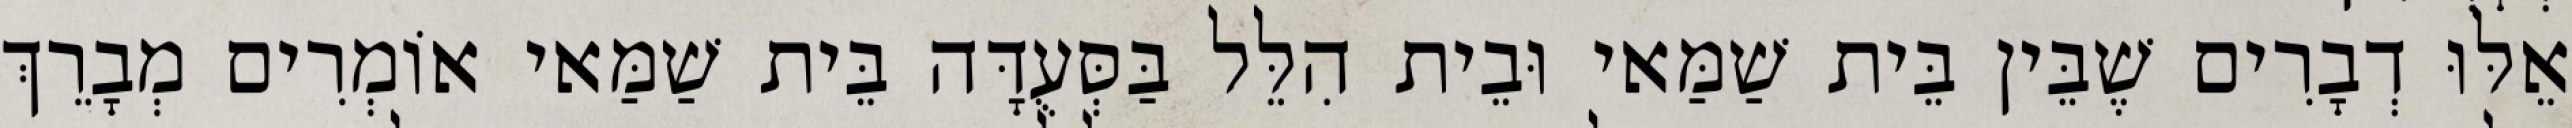
אֵלּוּ דְבָרִים שֶׁבֵּין בֵּית שַׁמַּאי וּבֵית הִלֵּל בַּסְּעֻדָּה בֵּית שַׁמַּאי אוֹמְרִים מְבָרֵךְ